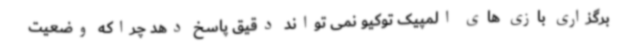
برگزاری بازی های المپیک توکیو نمی تواند دقیق پاسخ دهد چراکه وضعیت